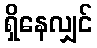
ရှိနေလျှင်